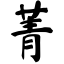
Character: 菁